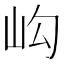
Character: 𡵺